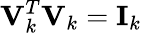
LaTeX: \mathbf{V}_{k}^{T}\mathbf{V}_{k}=\mathbf{I}_{k}